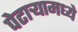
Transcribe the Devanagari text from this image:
पेटार्‍यामध्ये